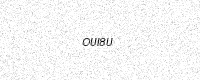
Text: OUI8U